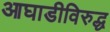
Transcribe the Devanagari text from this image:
आघाडीविरुद्ध